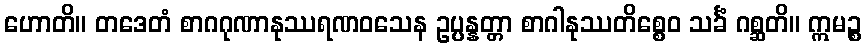
ဟောတိ။ တဒေတံ စာဂဂုဏာနုဿရဏဝသေန ဥပ္ပန္နတ္တာ စာဂါနုဿတိစ္စေဝ သင်္ခံ ဂစ္ဆတိ။ ဣမဉ္စ